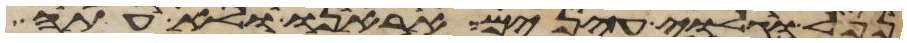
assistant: נפל וגלוי עינים אראנו ולא עתה